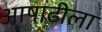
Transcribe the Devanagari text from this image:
आषाढीला